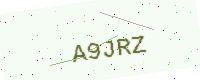
Text: A9JRZ